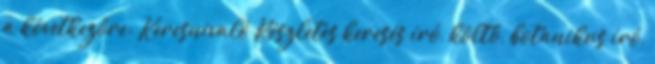
a következőre: Keresnivaló Részletes keresés író, költő, botanikus író,